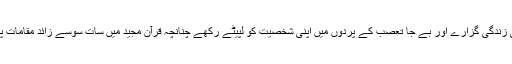
اسلام یہ نہیں چاہتاکہ کوئی بھی شخص آنکھیں بند کرکے اپنی زندگی گزارے اور بے جا تعصب کے پردوں میں اپنی شخصیّت کو لپیٹے رکھے چنانچہ قرآن مجید میں سات سوسے زائد مقامات پرانسان کو غوروفکر اور تفکّر کرنے کی دعوت دی گئی ہے۔